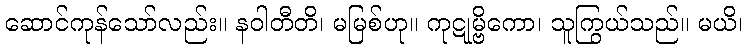
ဆောင်ကုန်သော်လည်း။ နဝါတီတိ၊ မမြစ်ဟု။ ကုဋုမ္ဗိကော၊ သူကြွယ်သည်။ မယိ၊